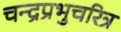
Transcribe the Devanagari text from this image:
चन्द्रप्रभुचरित्र